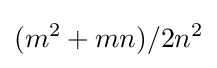
(m^{2}+mn)/2n^{2}